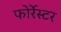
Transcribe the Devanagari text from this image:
फोर्रेस्टर